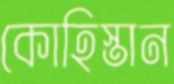
কোহিস্তান